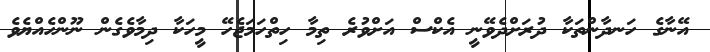
އޭނާގެ ހަނދާންތަކާ ދުރަށްދެވޭނީ އެކްސް އަށްވުރެ ތިމާ ހިތްހަމަޖެހޭ މީހަކާ ދިމާވެގެން ނޫންހެއްޔެވެ